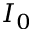
I _ { 0 }